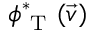
\phi _ { \mathrm { ~ T ~ } } ^ { * } ( \vec { v } )